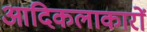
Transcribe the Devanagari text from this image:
आदिकलाकारों